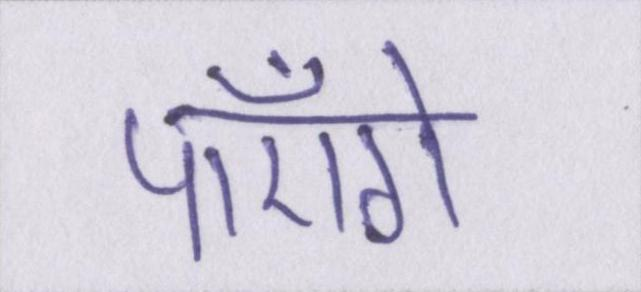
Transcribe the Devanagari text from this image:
पाएँगे